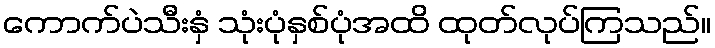
ကောက်ပဲသီးနှံ သုံးပုံနှစ်ပုံအထိ ထုတ်လုပ်ကြသည်။